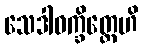
သေဒါဝက္ခိတ္တေဟိ